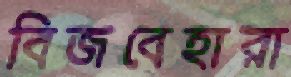
বিজবেহারা